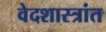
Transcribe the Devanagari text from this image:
वेदशास्त्रांत